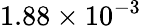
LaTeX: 1.88\times 10^{-3}